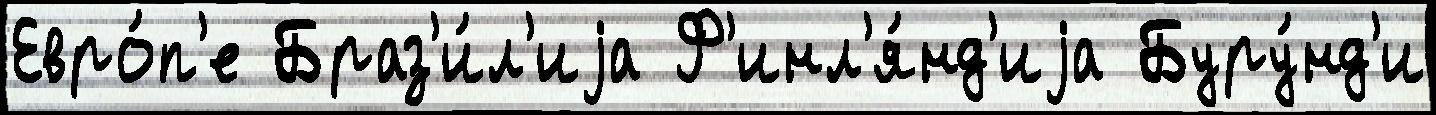
Евро́п'е Браз'и́л'иjа Ф'инл'я́нд'иjа Буру́нд'и